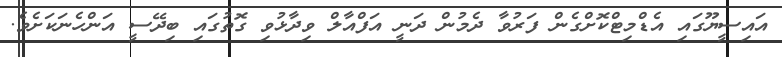
އައިސީޔޫގައި އެޑްމިޓްކޮށްގެން ފަރުވާ ދެމުން ދަނީ އަފްއާލް ވިދާޅުވި ގޮތުގައި ބިދޭސީ އަންހެނަކަށެވެ.